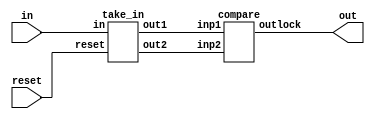
//Main Module
module RSSS(in,reset,out);
input [15:0]in;
input reset;
output out;
wire [15:0]w1;
wire [15:0]w2;
take_in T1(reset,in,w1,w2); //Input Taken Here
compare C1(w1,w2,out); //2 inputs are compared after Storing in memory addresses.
endmodule
//After this Module Instantiation is done for Input and comparison purpose.


//Input Module and value is stored at Memory address(reg mem)
module take_in (reset,in , out1,out2);
input [15:0] in;
input reset;
reg control;
reg [15:0] mem; //memory location
output reg [15:0] out1 , out2;//value passed on to two different outputs for comparison
always @ (*)
	begin
		if(reset)
			begin
				mem <= in;
				out1<= mem;
			end
		else
			begin
				mem <= in;
				out2<=mem;
			end
			
	end
	
endmodule
//Input Processed.

//Compare module to compare the two Outputs of the input module.
module compare(inp1,inp2,outlock);
input [15:0]inp1;
input [15:0]inp2;
output reg outlock;
always @(*)
begin
	if(inp1==inp2)
	begin
		outlock<=0; //In order to open the lock
    end
    else
    begin
		outlock<=1; //for wrong password input the Lock stays locked.
	end
end
endmodule